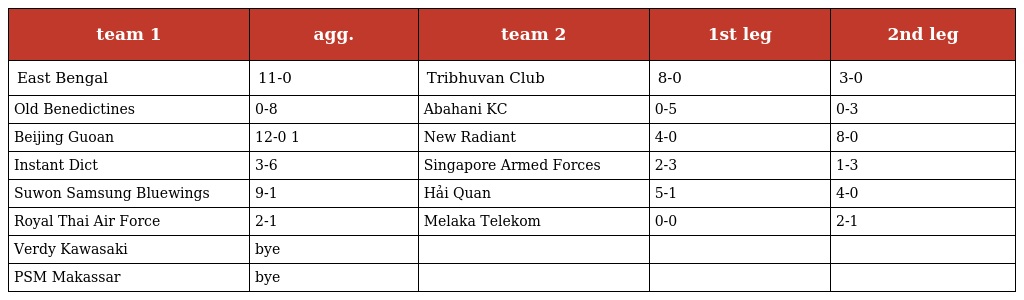
| team 1 | agg. | team 2 | 1st leg | 2nd leg |
 | --- | --- | --- | --- | --- |
 | East Bengal | 11-0 | Tribhuvan Club | 8-0 | 3-0 |
 | Old Benedictines | 0-8 | Abahani KC | 0-5 | 0-3 |
 | Beijing Guoan | 12-0 1 | New Radiant | 4-0 | 8-0 |
 | Instant Dict | 3-6 | Singapore Armed Forces | 2-3 | 1-3 |
 | Suwon Samsung Bluewings | 9-1 | Hải Quan | 5-1 | 4-0 |
 | Royal Thai Air Force | 2-1 | Melaka Telekom | 0-0 | 2-1 |
 | Verdy Kawasaki | bye |  |  |  |
 | PSM Makassar | bye |  |  |  |